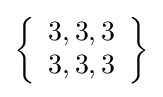
\left\{{\begin{array}{l}3,3,3\\3,3,3\end{array}}\right\}